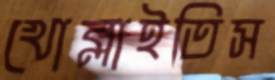
খোব্‌লাইতিস